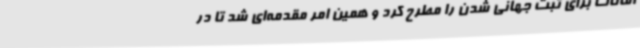
امانات برای ثبت جهانی شدن را مطرح کرد و همین امر مقدمه‌ای شد تا در